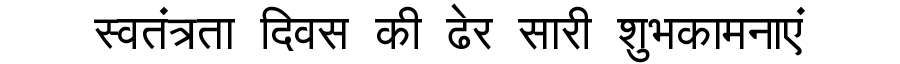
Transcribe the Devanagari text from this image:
स्वतंत्रता दिवस की ढेर सारी शुभकामनाएं